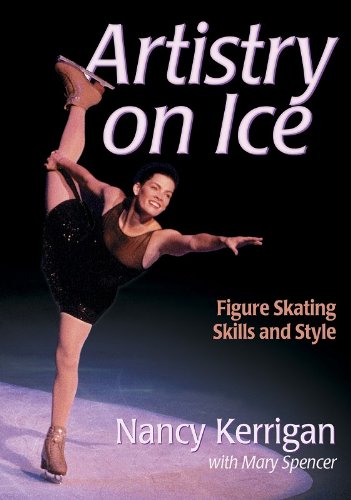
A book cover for Artistry on Ice: Figure Skating Skills and Style; Nancy Kerrigan; Sports & Outdoors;